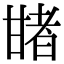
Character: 𤯈